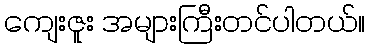
ကျေးဇူး အများကြီးတင်ပါတယ်။